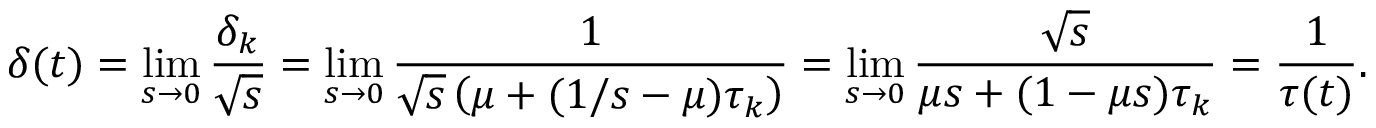
\delta ( t ) = \operatorname* { l i m } _ { s \rightarrow 0 } \frac { \delta _ { k } } { \sqrt { s } } = \operatorname* { l i m } _ { s \rightarrow 0 } \frac { 1 } { \sqrt { s } \left( \mu + ( 1 / s - \mu ) \tau _ { k } \right) } = \operatorname* { l i m } _ { s \rightarrow 0 } \frac { \sqrt { s } } { \mu s + ( 1 - \mu s ) \tau _ { k } } = \frac { 1 } { \tau ( t ) } .